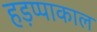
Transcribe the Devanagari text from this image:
हड़प्पाकाल